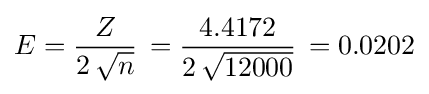
E={\frac {Z}{2\,{\sqrt {n}}}}\,={\frac {4.4172}{2\,{\sqrt {12000}}}}\,=0.0202